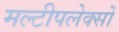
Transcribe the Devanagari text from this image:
मल्टीपलेक्सों